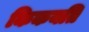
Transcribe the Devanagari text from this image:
किकयति